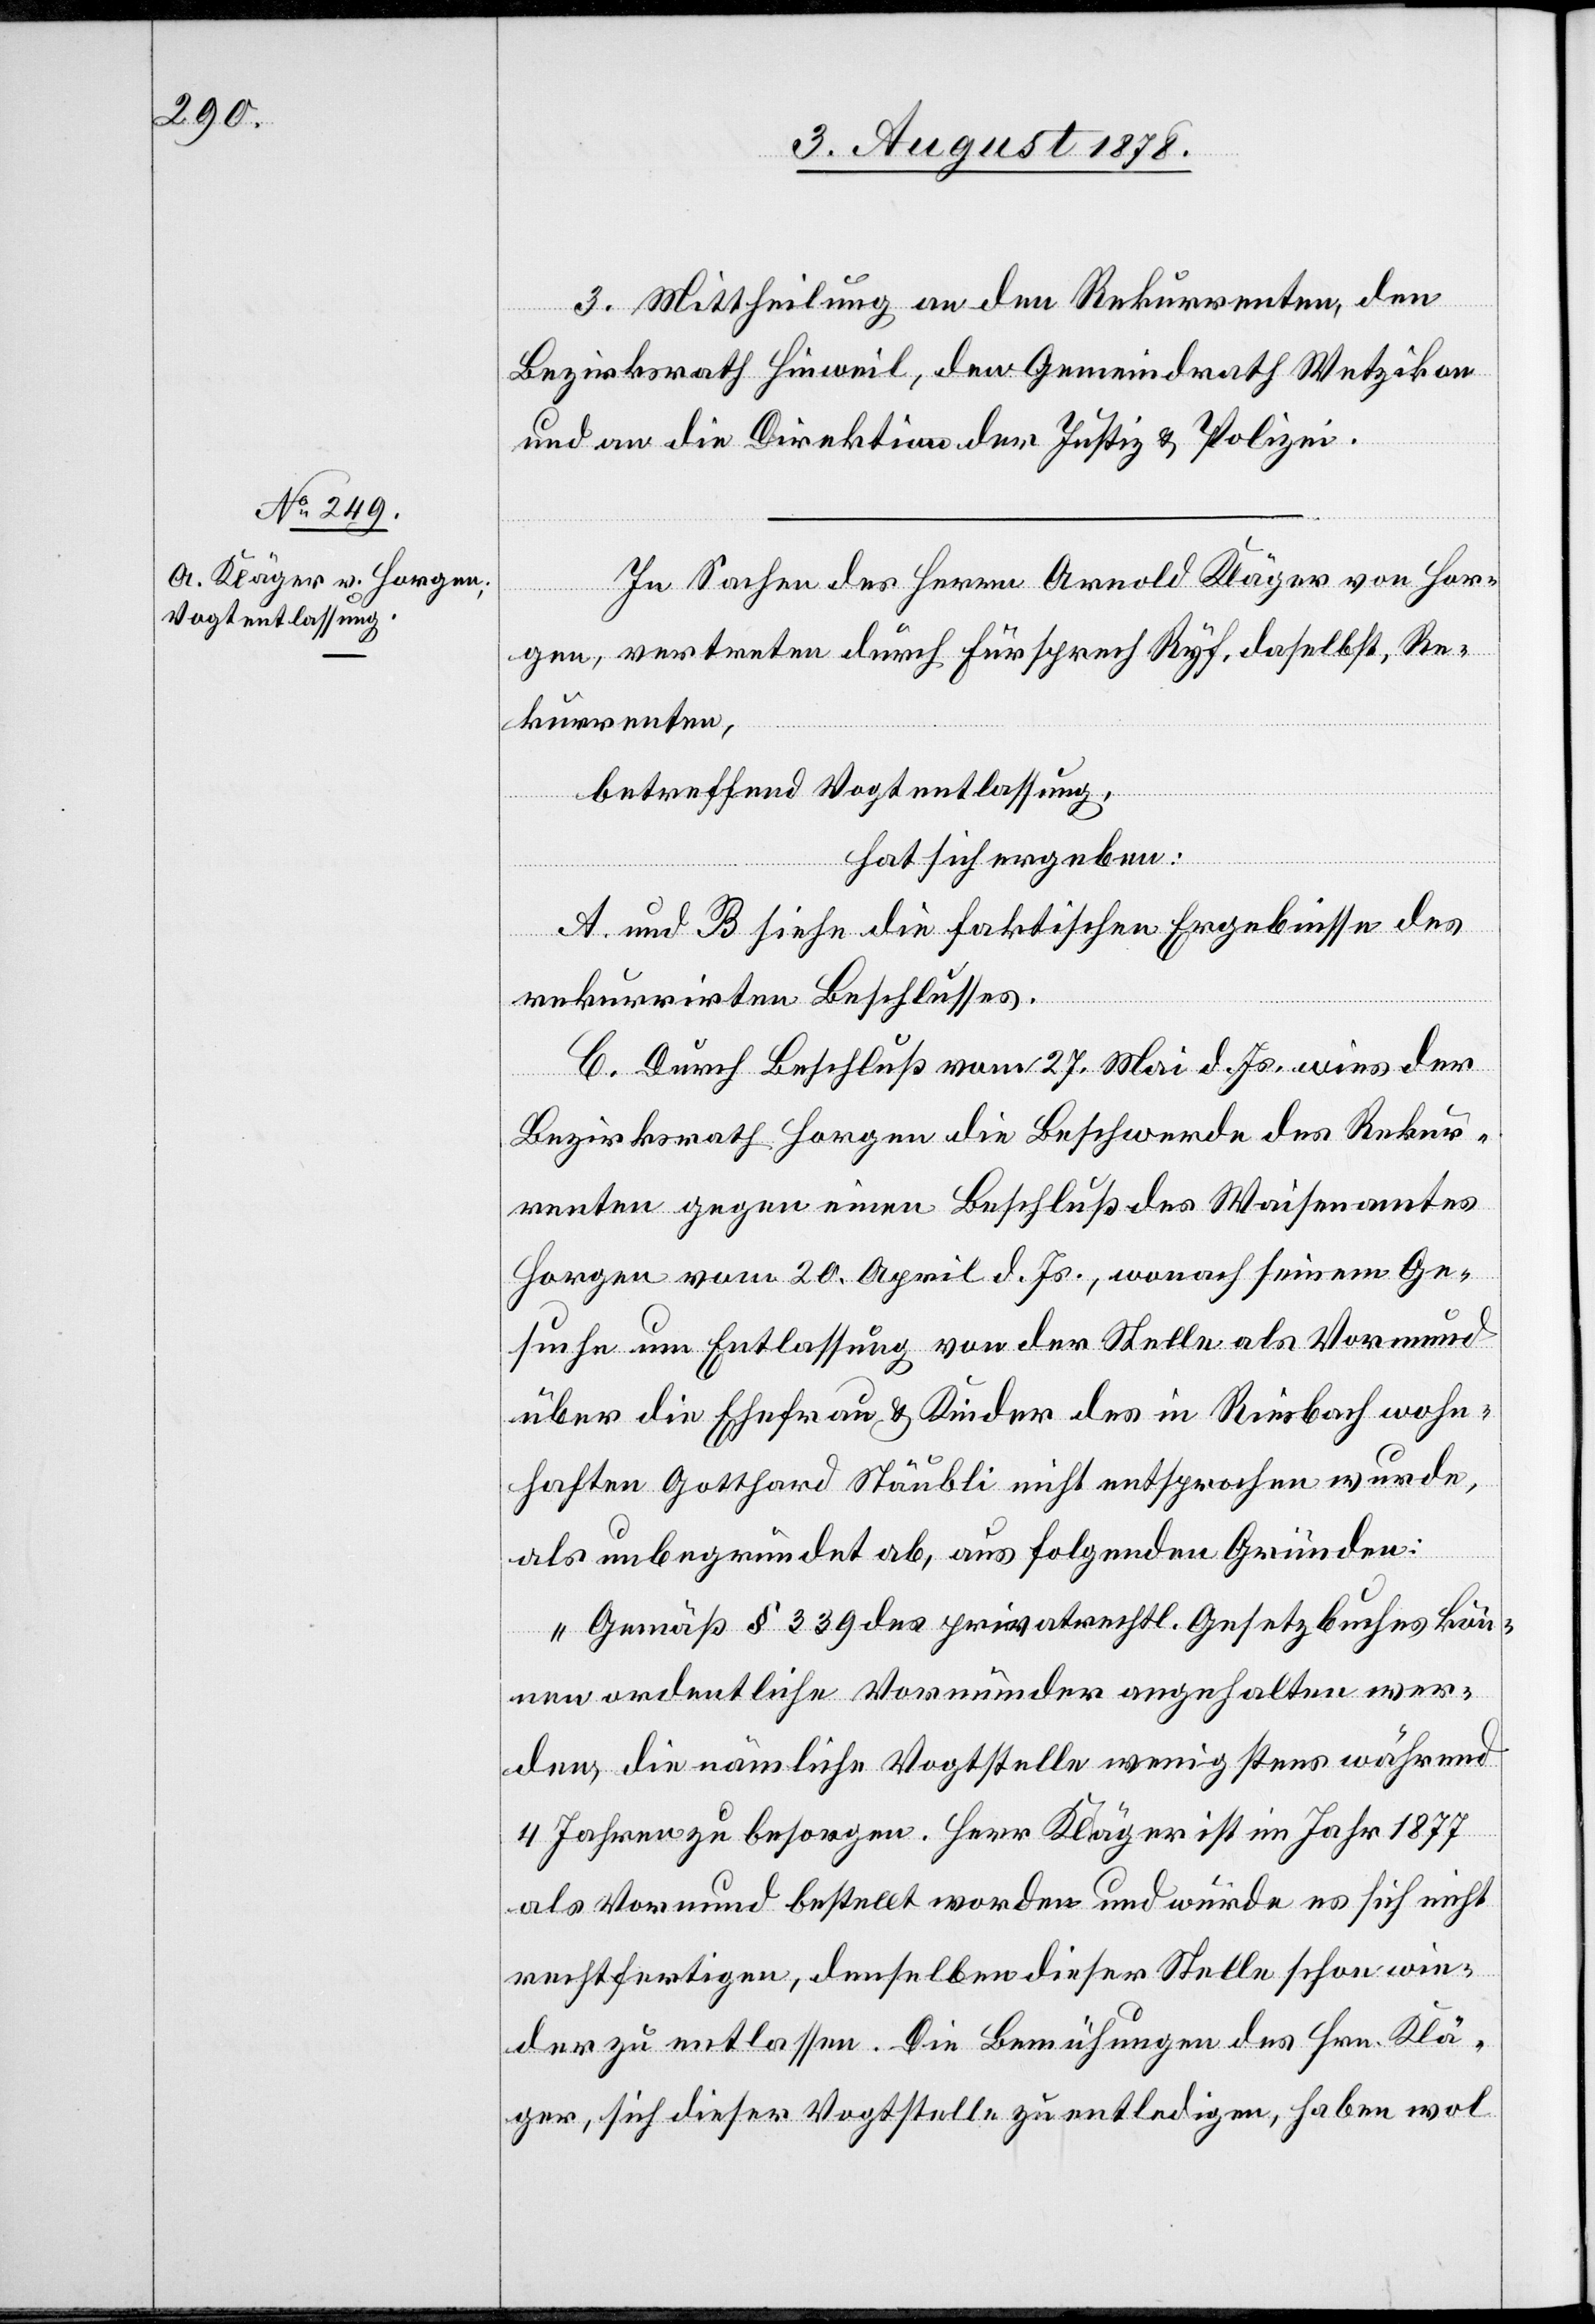
3. Mittheilung an den Rekurrenten, den
Bezirksrath Hinweil, den Gemeindrath Wetzikon
und an die Direktion der Justiz & Polizei.
In Sachen des Herrn Arnold Kläger von Hor¬
gen, vertreten durch Fürsprech Ryf, daselbst, Re¬
kurrenten,
betreffend Vogtentlassung,
hat sich ergeben:
A und B siehe die faktischen Ergebnisse des
rekurrirten Beschlusses.
C. Durch Beschluß vom 27. Mai d. Js. wies der
Bezirksrath Horgen die Beschwerde des Rekur¬
renten gegen einen Beschluß des Waisenamtes
Horgen vom 20. April d. Js., wonach seinem Ge¬
suche um Entlassung von der Stelle als Vormund
über die Ehefrau & Kinder des in Riesbach wohn¬
haften Gotthard Stäubli nicht entsprochen wurde,
als unbegründet ab, aus folgenden Gründen:
„Gemäß § 339 des privatrechtl. Gesetzbuches kön¬
nen ordentliche Vormünder angehalten wer¬
den, die nämliche Vogtstelle wenigstens während
4 Jahren zu besorgen. Herr Kläger ist im Jahr 1877
als Vormund bestellt worden und würde es sich nicht
rechtfertigen, denselben dieser Stelle schon wie¬
der zu entlassen. Die Bemühungen des Hrn. Klä¬
ger, sich dieser Vogstelle zu entledigen, haben wol